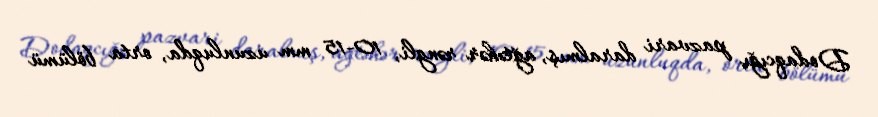
Dodaqcığı pazvari daralmış, ağtəhər rəngli, 10-15 mm uzunluqda, orta bölümü